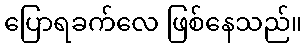
ပြောရခက်လေ ဖြစ်နေသည်။